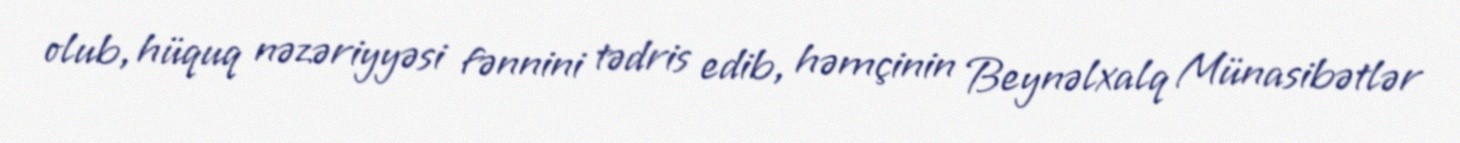
olub, hüquq nəzəriyyəsi fənnini tədris edib, həmçinin Beynəlxalq Münasibətlər